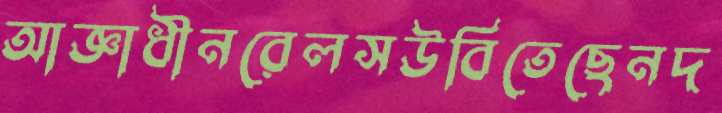
আজ্ঞাধীনরেলসউবিতেছেনদ